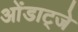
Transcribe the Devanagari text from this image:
ओंडाट्जे